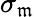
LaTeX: \sigma_{\mathfrak{m}}